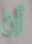
أن